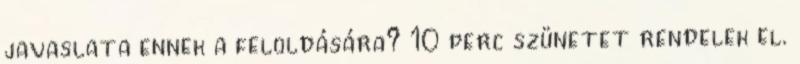
javaslata ennek a feloldására? 10 perc szünetet rendelek el.